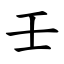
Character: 壬